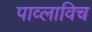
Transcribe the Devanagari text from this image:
पाव्लाविच